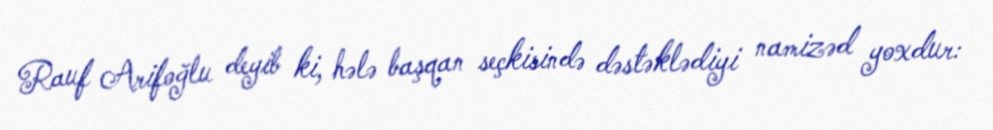
Rauf Arifoğlu deyib ki, hələ başqan seçkisində dəstəklədiyi namizəd yoxdur: